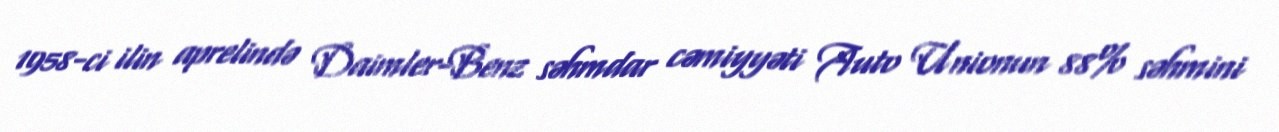
1958-ci ilin aprelində Daimler-Benz səhmdar cəmiyyəti Auto Unionun 88% səhmini